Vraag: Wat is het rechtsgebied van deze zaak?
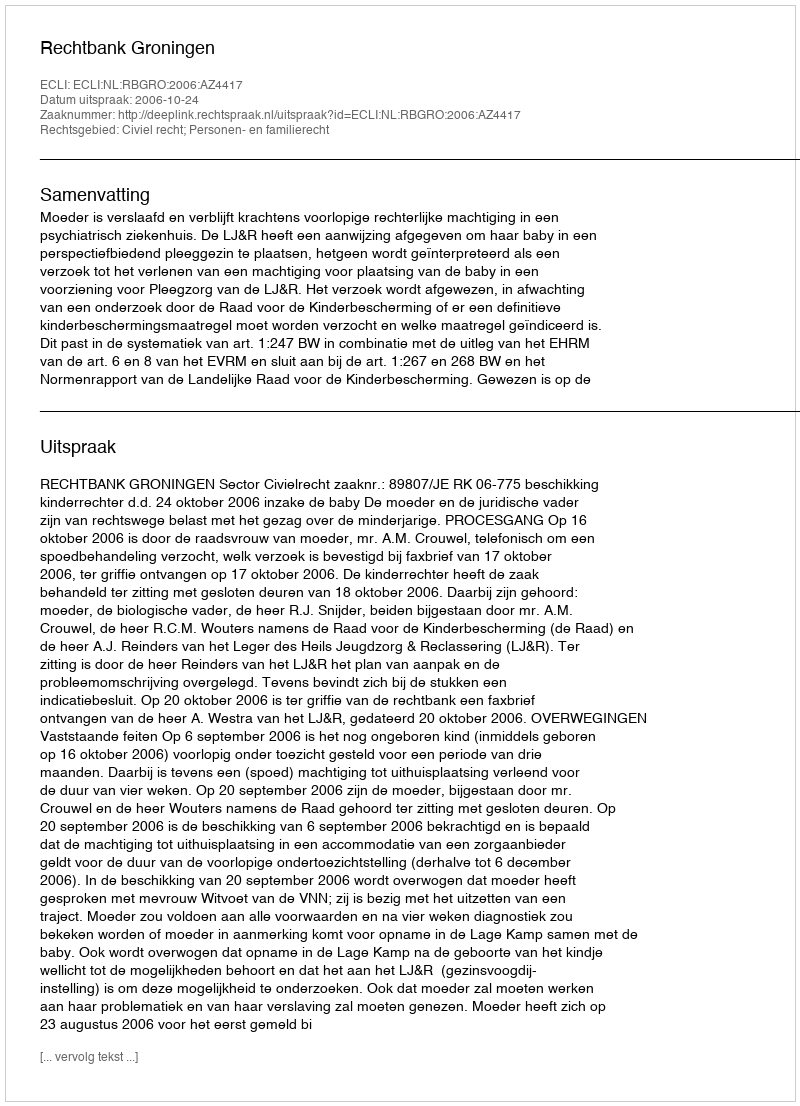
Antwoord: Civiel recht; Personen- en familierecht